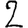
Digit: 2